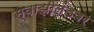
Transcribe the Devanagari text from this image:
स्वाझीलंडवर